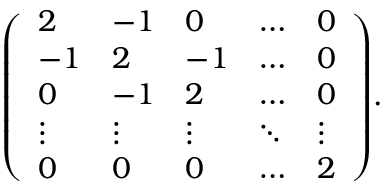
{ \left( \begin{array} { l l l l l } { 2 } & { - 1 } & { 0 } & { \dots } & { 0 } \\ { - 1 } & { 2 } & { - 1 } & { \dots } & { 0 } \\ { 0 } & { - 1 } & { 2 } & { \dots } & { 0 } \\ { \vdots } & { \vdots } & { \vdots } & { \ddots } & { \vdots } \\ { 0 } & { 0 } & { 0 } & { \dots } & { 2 } \end{array} \right) } .